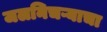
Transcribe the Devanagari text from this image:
जलनिचऱ्याचा